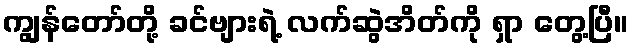
ကျွန်တော်တို့ ခင်ဗျားရဲ့ လက်ဆွဲအိတ်ကို ရှာ တွေ့ပြီ။